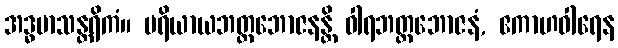
အဒ္ဓမာသန္တရိကံ။ ပရိယာယဘတ္တဘောဇနန္တိ ဝါရဘတ္တဘောဇနံ, ဧကာဟဝါရေန